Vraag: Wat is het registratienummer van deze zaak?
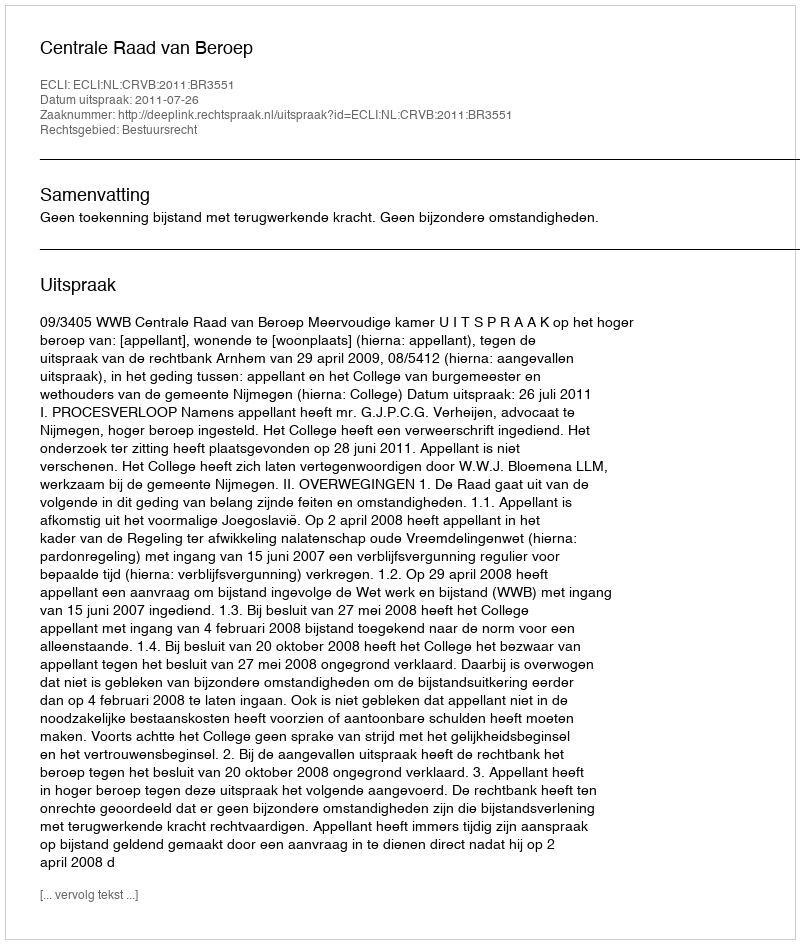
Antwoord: http://deeplink.rechtspraak.nl/uitspraak?id=ECLI:NL:CRVB:2011:BR3551